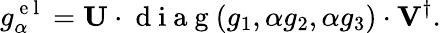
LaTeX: g_{\alpha}^{\mathrm{~e~l~}}=\mathbf{U}\cdot\mathrm{~d~i~a~g~}(g_{1},\alpha g_{2},\alpha g_{3})\cdot\mathbf{V}^{\dagger}.